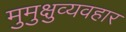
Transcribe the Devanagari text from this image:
मुमुक्षुव्यवहार